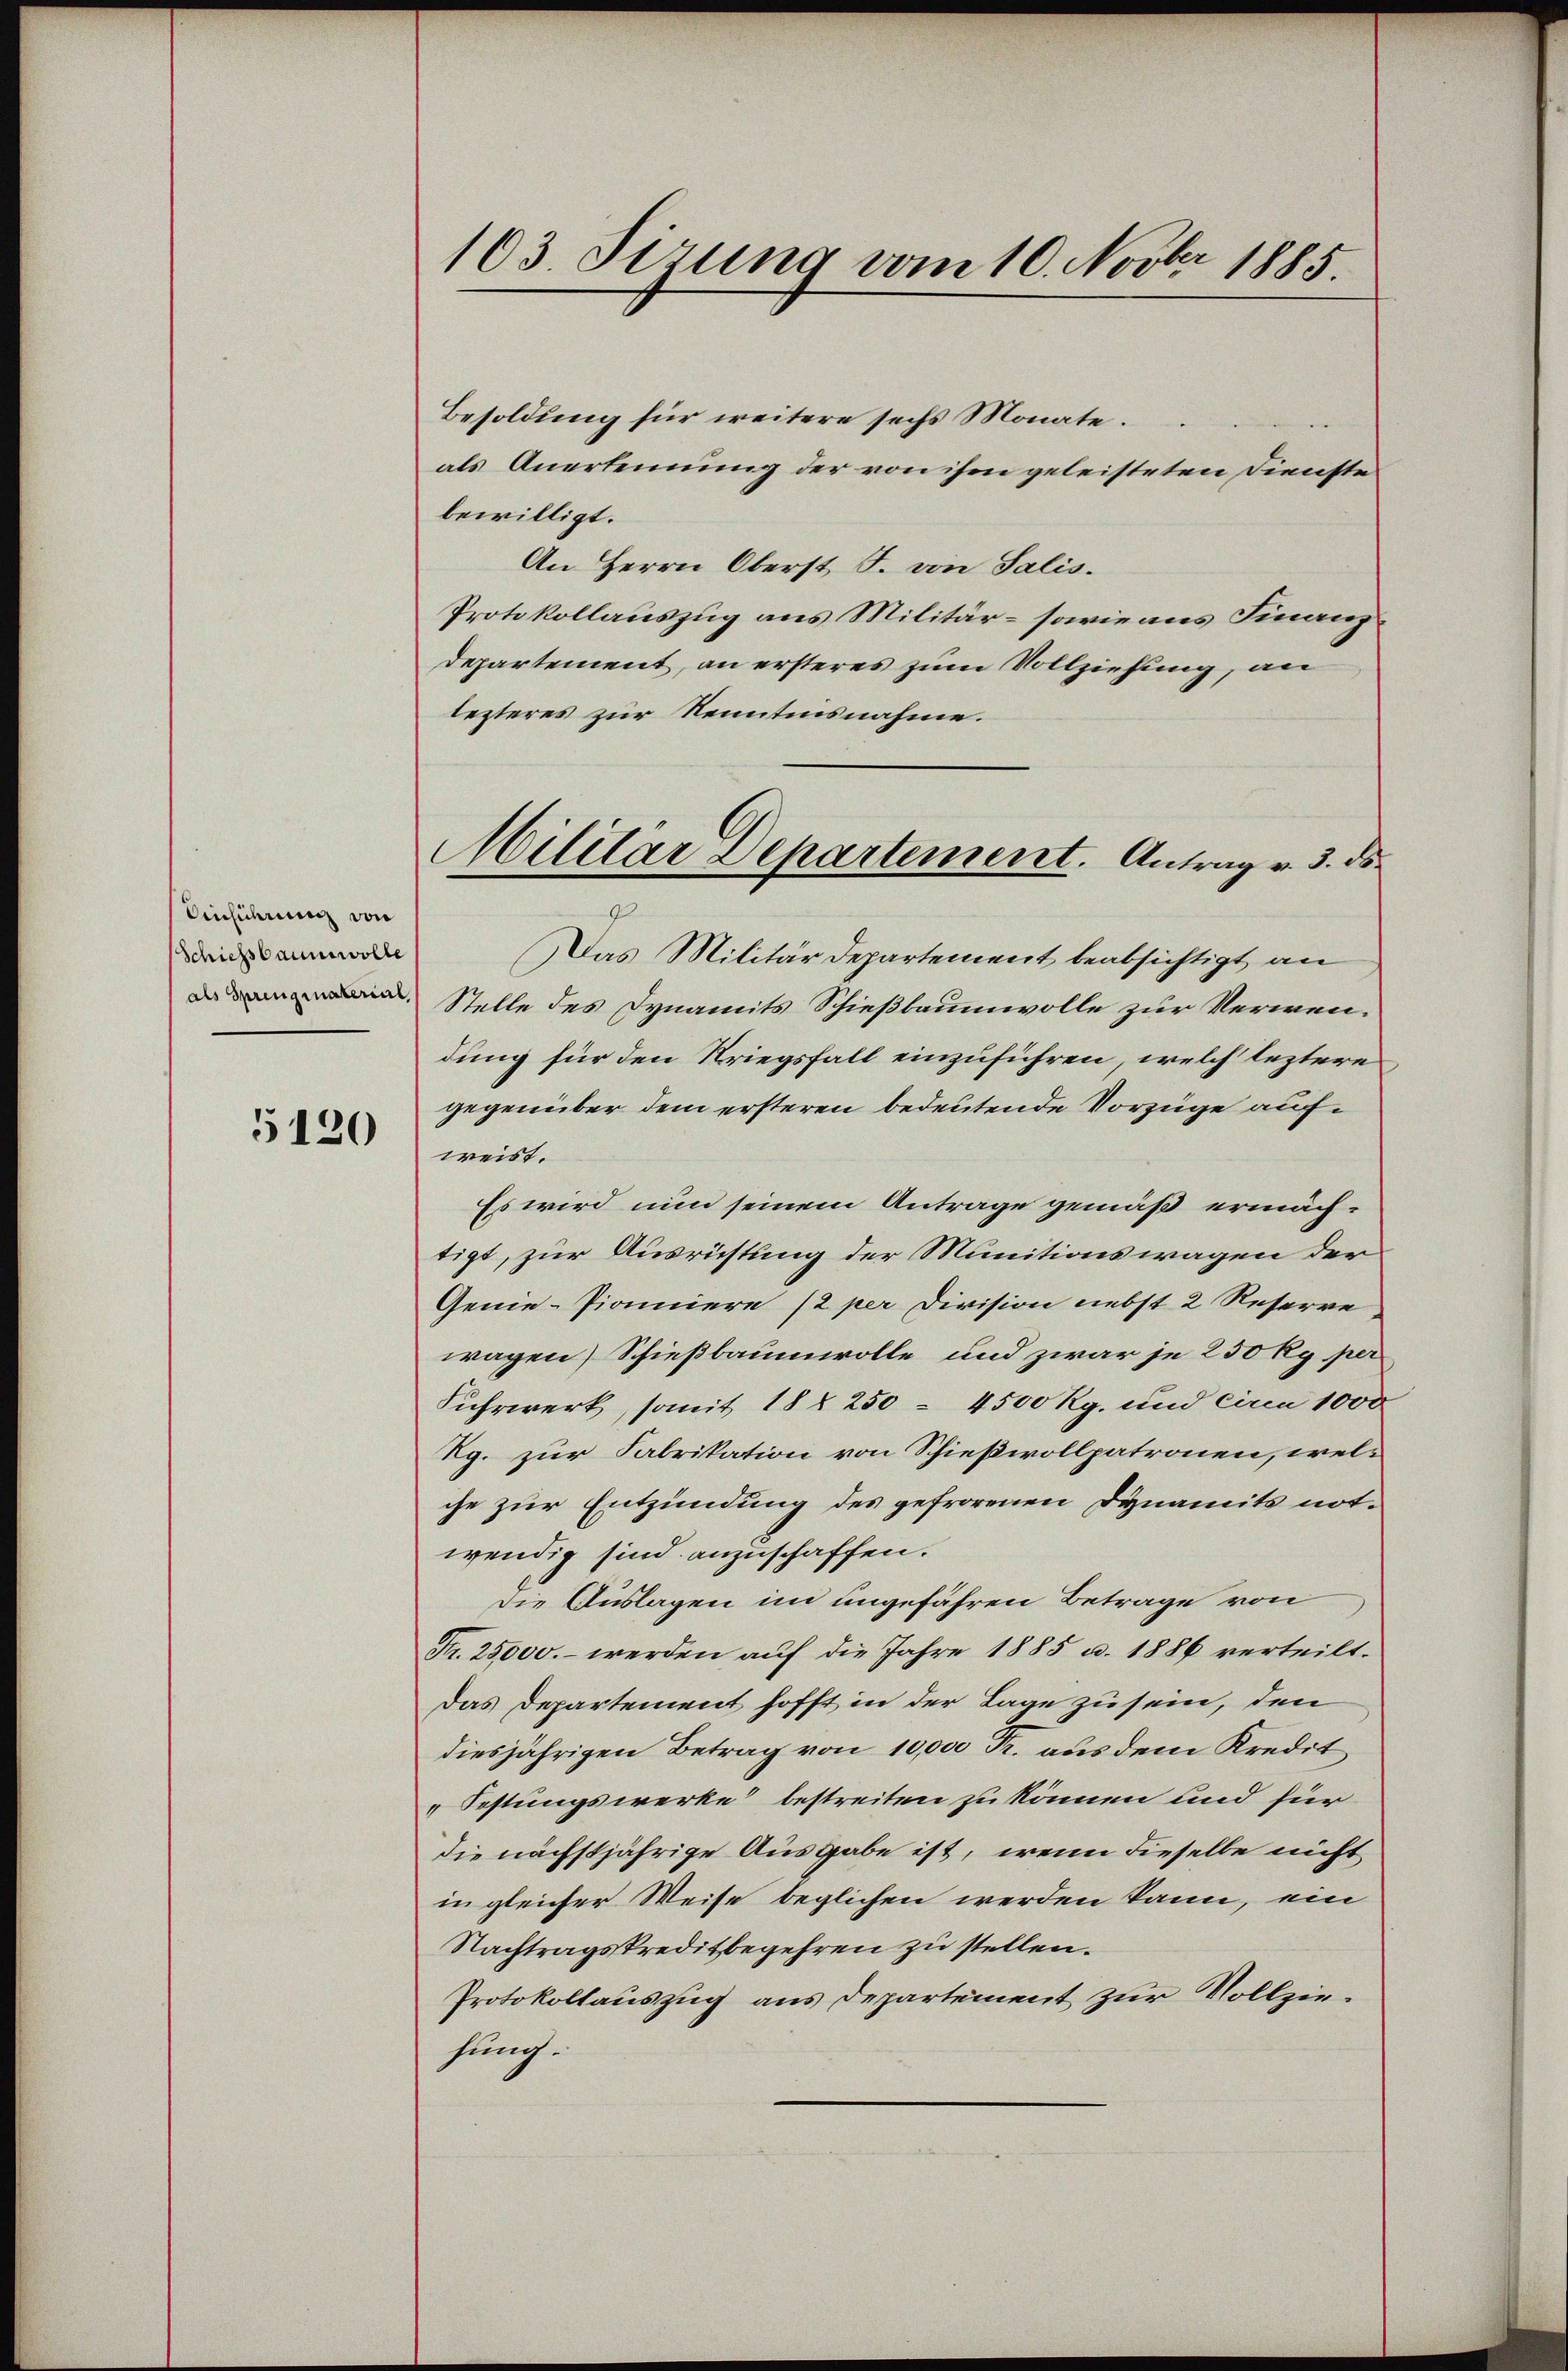
Einführung von
Schiessbaumwolle
als Sprenginaterial

5120

103. Sizung vom 10. Novbr 1885.

Besoldung für weitere sechs Monate.
als Anerkennung der von ihm geleisteten Dienste
bewilligt.
An Herrn Oberst F. von Salis.
Protokollauszug aus Militär- sowie aus Finanz¬
Departement, an ersteres zum Vollziehung, an
lezteres zur Kenntnisnahme.
Das Militärdepartement beabsichtigt an
Stelle des Dynamits Schießbaumwolle zur Verwendung für den Kriegsfall einzuführen, welch leztere
gegenüber dem ersteren bedeutende Vorzüge aufweist.
Es wird nun seinem Antrage gemäß ermächtigt, zur Ausrüstung der Munitionswagen der
Genie-Pioniere /2 per Division nebst 2 Reserre
wagen) Schießbaumwolle und zwar je 250 kg per
Fuhrwerk, somit 18 § 250 - 4500 Rg. und circa 1000
Rg. zur Fabrikation von Schießwollpatronen, welche zur Entzündung des gefrorenen Dynamits notwendig sind anzuschaffen.
Die Auslagen im ungefähren Betrage von
Fr. 25000.- werden auf die Jahre 1885 u. 1886 verteilt.
Das Departement hofft in der Lage zu sein, den
diesjährigen Betrag von 10,000 Fr. aus dem Kredit
Festungswerke bestreiten zu können und für
die nächstjährige Ausgabe ist, wenn dieselbe nicht
in gleicher Weise beglichen werden kann, ein
Nachtragskreditbegehren zu stellen.
Protokollauszug aus Departement zur Vollziehung.

Militar Departement. Antrag v. 3. ds.
9.